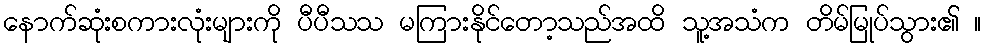
နောက်ဆုံးစကားလုံးများကို ပီပီသသ မကြားနိုင်တော့သည်အထိ သူ့အသံက တိမ်မြုပ်သွား၏ ။